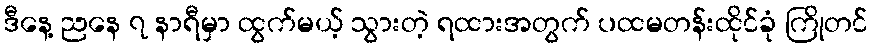
ဒီနေ့ ညနေ ၇ နာရီမှာ ထွက်မယ့် သွားတဲ့ ရထားအတွက် ပထမတန်းထိုင်ခုံ ကြိုတင်